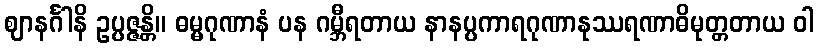
ဈာနင်္ဂါနိ ဥပ္ပဇ္ဇန္တိ။ ဓမ္မဂုဏာနံ ပန ဂမ္ဘီရတာယ နာနပ္ပကာရဂုဏာနုဿရဏာဓိမုတ္တတာယ ဝါ